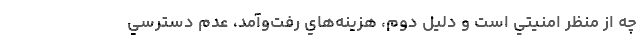
چه از منظر امنيتي است و دليل دوم، هزينه‌هاي رفت‌و‌آمد، عدم دسترسي